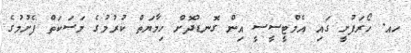
ހއ. ހޯރަފުށީ ގައި އެމްޓީސީސީ އިން ގޮނޑުދޮށް ހިމާޔަތް ކުރުމުގެ މަސަކަތް ފެށުމުގެ